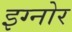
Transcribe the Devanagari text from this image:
इग्नोर